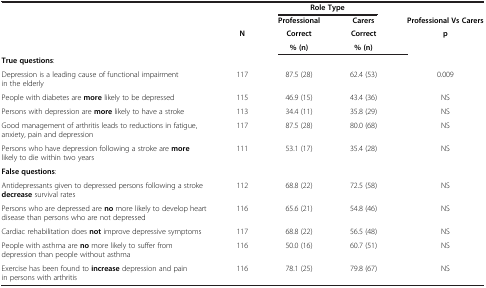
<table><thead><tr><td><b> </b></td><td><b> </b></td><td colspan="2"><b>Role Type</b></td><td><b> </b></td></tr><tr><td><b> </b></td><td><b> </b></td><td><b>Professional</b></td><td><b>Carers</b></td><td><b>Professional Vs Carers</b></td></tr><tr><td rowspan="2"><b> </b></td><td rowspan="2"><b>N</b></td><td><b>Correct</b></td><td><b>Correct</b></td><td rowspan="2"><b>p</b></td></tr><tr><td><b>% (n)</b></td><td><b>% (n)</b></td></tr></thead><tbody><tr><td><b>True questions</b>:</td><td> </td><td> </td><td> </td><td> </td></tr><tr><td>Depression is a leading cause of functional impairment in the elderly</td><td>117</td><td>87.5 (28)</td><td>62.4 (53)</td><td>0.009</td></tr><tr><td>People with diabetes are <b>more</b> likely to be depressed</td><td>115</td><td>46.9 (15)</td><td>43.4 (36)</td><td>NS</td></tr><tr><td>Persons with depression are <b>more</b> likely to have a stroke</td><td>113</td><td>34.4 (11)</td><td>35.8 (29)</td><td>NS</td></tr><tr><td>Good management of arthritis leads to reductions in fatigue, anxiety, pain and depression</td><td>117</td><td>87.5 (28)</td><td>80.0 (68)</td><td>NS</td></tr><tr><td>Persons who have depression following a stroke are <b>more</b> likely to die within two years</td><td>111</td><td>53.1 (17)</td><td>35.4 (28)</td><td>NS</td></tr><tr><td><b>False questions</b>:</td><td> </td><td> </td><td> </td><td> </td></tr><tr><td>Antidepressants given to depressed persons following a stroke <b>decrease</b> survival rates</td><td>112</td><td>68.8 (22)</td><td>72.5 (58)</td><td>NS</td></tr><tr><td>Persons who are depressed are <b>no</b> more likely to develop heart disease than persons who are not depressed</td><td>116</td><td>65.6 (21)</td><td>54.8 (46)</td><td>NS</td></tr><tr><td>Cardiac rehabilitation does <b>not</b> improve depressive symptoms</td><td>117</td><td>68.8 (22)</td><td>56.5 (48)</td><td>NS</td></tr><tr><td>People with asthma are <b>no</b> more likely to suffer from depression than people without asthma</td><td>116</td><td>50.0 (16)</td><td>60.7 (51)</td><td>NS</td></tr><tr><td>Exercise has been found to <b>increase</b> depression and pain in persons with arthritis</td><td>116</td><td>78.1 (25)</td><td>79.8 (67)</td><td>NS</td></tr></tbody></table>